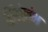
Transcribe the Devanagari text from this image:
सिहंस्तंभ